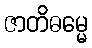
ဇာတိဓမ္မေ